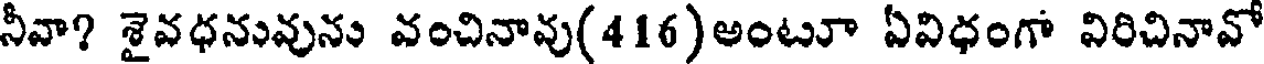
నీవా? శైవధనువును వంచినావు(416)అంటూ ఏవిధంగా విరిచినావో